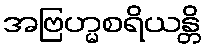
အဗြဟ္မစရိယန္တိ